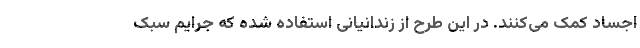
اجساد کمک می‌کنند. در این طرح از زندانیانی استفاده شده که جرایم سبک